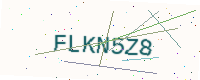
Text: FLKN5Z8